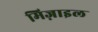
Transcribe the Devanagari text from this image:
मिज़ाइल